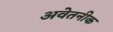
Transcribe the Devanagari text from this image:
अवेतनीक